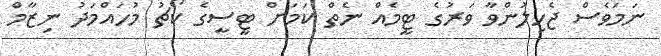
ނަމަވެސް ޖެހިލުންވާ ވަރުގެ ޓީމެއް ނެތް ކަމަށް ޓީސީގެ ކޯޗު މުހައްމަދު ނިޒާމް